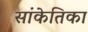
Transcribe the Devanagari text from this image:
सांकेतिका